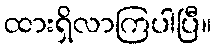
ထားရှိလာကြပါပြီ။